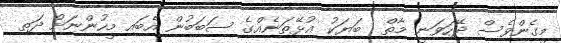
މީގެންވެސް ދޭހަވަނީ މާތް  ބަޔަކު އުޅޭތަނެއްގެ ސަބަބުން އެބައި މީހުންނަށް ދަތި